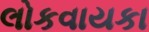
લોકવાયકા